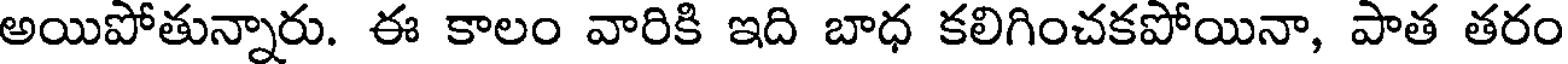
అయిపోతున్నారు. ఈ కాలం వారికి ఇది బాధ కలిగించకపోయినా, పాత తరం